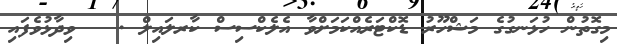
މިގޮތުން ހުޅަނގުގެ މަޝްހޫރު ޑޮކްޓަރެއްކަމަށްވާ އެލެކްސިސް ކާރލައިލް .   ވިދާޅުވެފައި